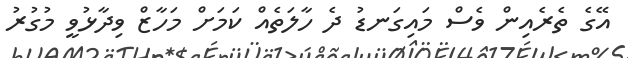
އޭގެ ތެރެއިން ވެސް މައިގަނޑު ދެ ހާލަތެއް ކަމަށް މަހާޒް ވިދާޅުވީ މުގުރު